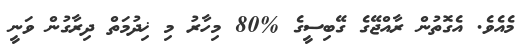
މެއެވެ. އެގޮތުން ރާއްޖޭގެ ގޭބިސީގެ %80 މިހާރު މި ޚިދުމަތް ދިރާގުން ވަނީ